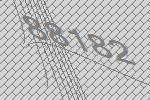
88182